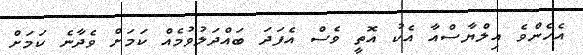
އެހެންވެ އިލްޔާސްއާ އެކު އޮތީ ވެސް އެފަދަ ބައްދަލުވުމެއް ކަމަށް ވެދާނެ ކަމަށް